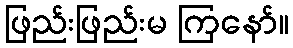
ဖြည်းဖြည်းမ ကြနော်။